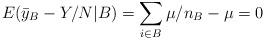
LaTeX: \begin{align*}E(\bar{y}_B - Y/N | B) = \sum_{i\in B} \mu/n_B - \mu = 0\end{align*}